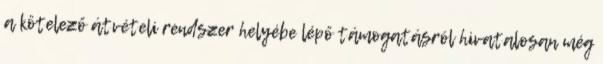
a kötelező átvételi rendszer helyébe lépő támogatásról hivatalosan még